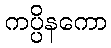
ကပ္ပိနကော